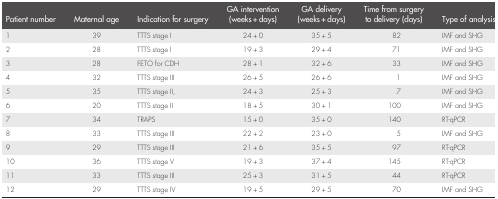
| Patient number | Maternal age | Indication for surgery | GA intervention (weeks + days) | GA delivery (weeks + days) | Time from surgery to delivery (days) | Type of analysis |
 | --- | --- | --- | --- | --- | --- | --- |
 | 1 | 39 | TTTS stage I | 24 + 0 | 35 + 5 | 82 | IMF and SHG |
 | 2 | 28 | TTTS stage I | 19 + 3 | 29 + 4 | 71 | IMF and SHG |
 | 3 | 28 | FETO for CDH | 28 + 1 | 32 + 6 | 33 | IMF and SHG |
 | 4 | 32 | TTTS stage III | 26 + 5 | 26 + 6 | 1 | IMF and SHG |
 | 5 | 35 | TTTS stage II, | 24 + 3 | 25 + 3 | 7 | IMF and SHG |
 | 6 | 20 | TTTS stage II | 18 + 5 | 30 + 1 | 100 | IMF and SHG |
 | 7 | 34 | TRAPS | 15 + 0 | 35 + 0 | 140 | RT‐qPCR |
 | 8 | 33 | TTTS stage III | 22 + 2 | 23 + 0 | 5 | IMF and SHG |
 | 9 | 29 | TTTS stage III | 21 + 6 | 35 + 5 | 97 | RT‐qPCR |
 | 10 | 36 | TTTS stage V | 19 + 3 | 37 + 4 | 145 | RT‐qPCR |
 | 11 | 33 | TTTS stage III | 25 + 3 | 31 + 5 | 44 | RT‐qPCR |
 | 12 | 29 | TTTS stage IV | 19 + 5 | 29 + 5 | 70 | IMF and SHG |